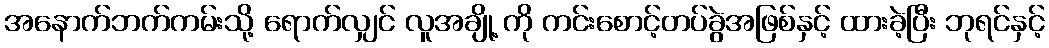
အနောက်ဘက်ကမ်းသို့ ရောက်လျှင် လူအချို့ ကို ကင်းစောင့်တပ်ခွဲအဖြစ်နှင့် ထားခဲ့ပြီး ဘုရင်နှင့်